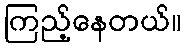
ကြည့်နေတယ်။